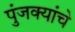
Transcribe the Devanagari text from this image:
पुंजक्यांचे